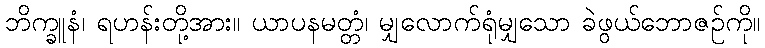
ဘိက္ခူနံ၊ ရဟန်းတို့အား။ ယာပနမတ္တံ၊ မျှလောက်ရုံမျှသော ခဲဖွယ်ဘောဇဉ်ကို။